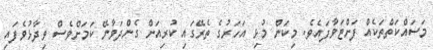
މަސައްކަތްތަކެއް ފަށްޓަވާފައެވެ. މިކަން މުޅި އަހަރުގެ ތެރޭގައި ކުރިއަށް ގެންދަވާނޭ ކަމަށްވެސް ވިދާޅުވެފައި